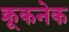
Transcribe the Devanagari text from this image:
क्रूकनेक